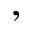
,